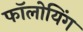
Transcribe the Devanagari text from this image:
फॉलोयिंग